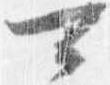
可